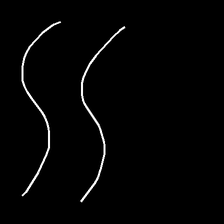
Glyph: float